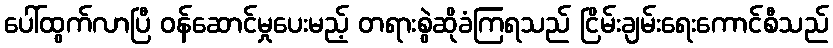
ပေါ်ထွက်လာပြီ ဝန်ဆောင်မှုပေးမည့် တရားစွဲဆိုခံကြရသည် ငြိမ်းချမ်းရေးကောင်စီသည်